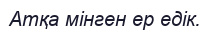
Атқа мінген ер едік.